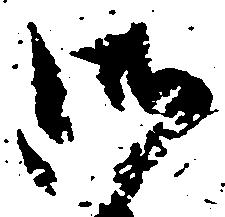
御